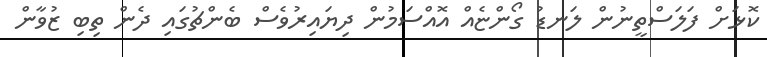
ކޮޅަށް ފަލަސްތީނުން ލަނޑު ގޯންޏެއް އޮއްސަމުން ދިޔައިރުވެސް ބެންޗުގައި ދެން ތިބި ޒުވާން